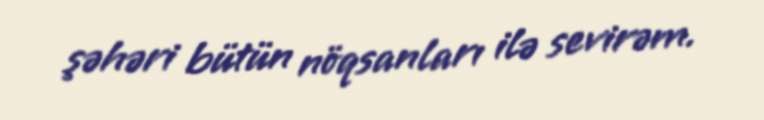
şəhəri bütün nöqsanları ilə sevirəm.